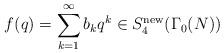
LaTeX: \begin{align*}f(q)=\sum_{k=1}^\infty b_kq^k\in S_4^{\textrm{new}}(\Gamma_0(N))\end{align*}